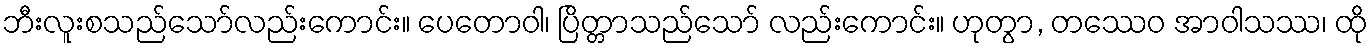
ဘီးလူးစသည်သော်လည်းကောင်း။ ပေတောဝါ၊ ပြိတ္တာသည်သော် လည်းကောင်း။ ဟုတွာ, တဿေဝ အာဝါသဿ၊ ထို